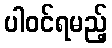
ပါဝင်ရမည့်